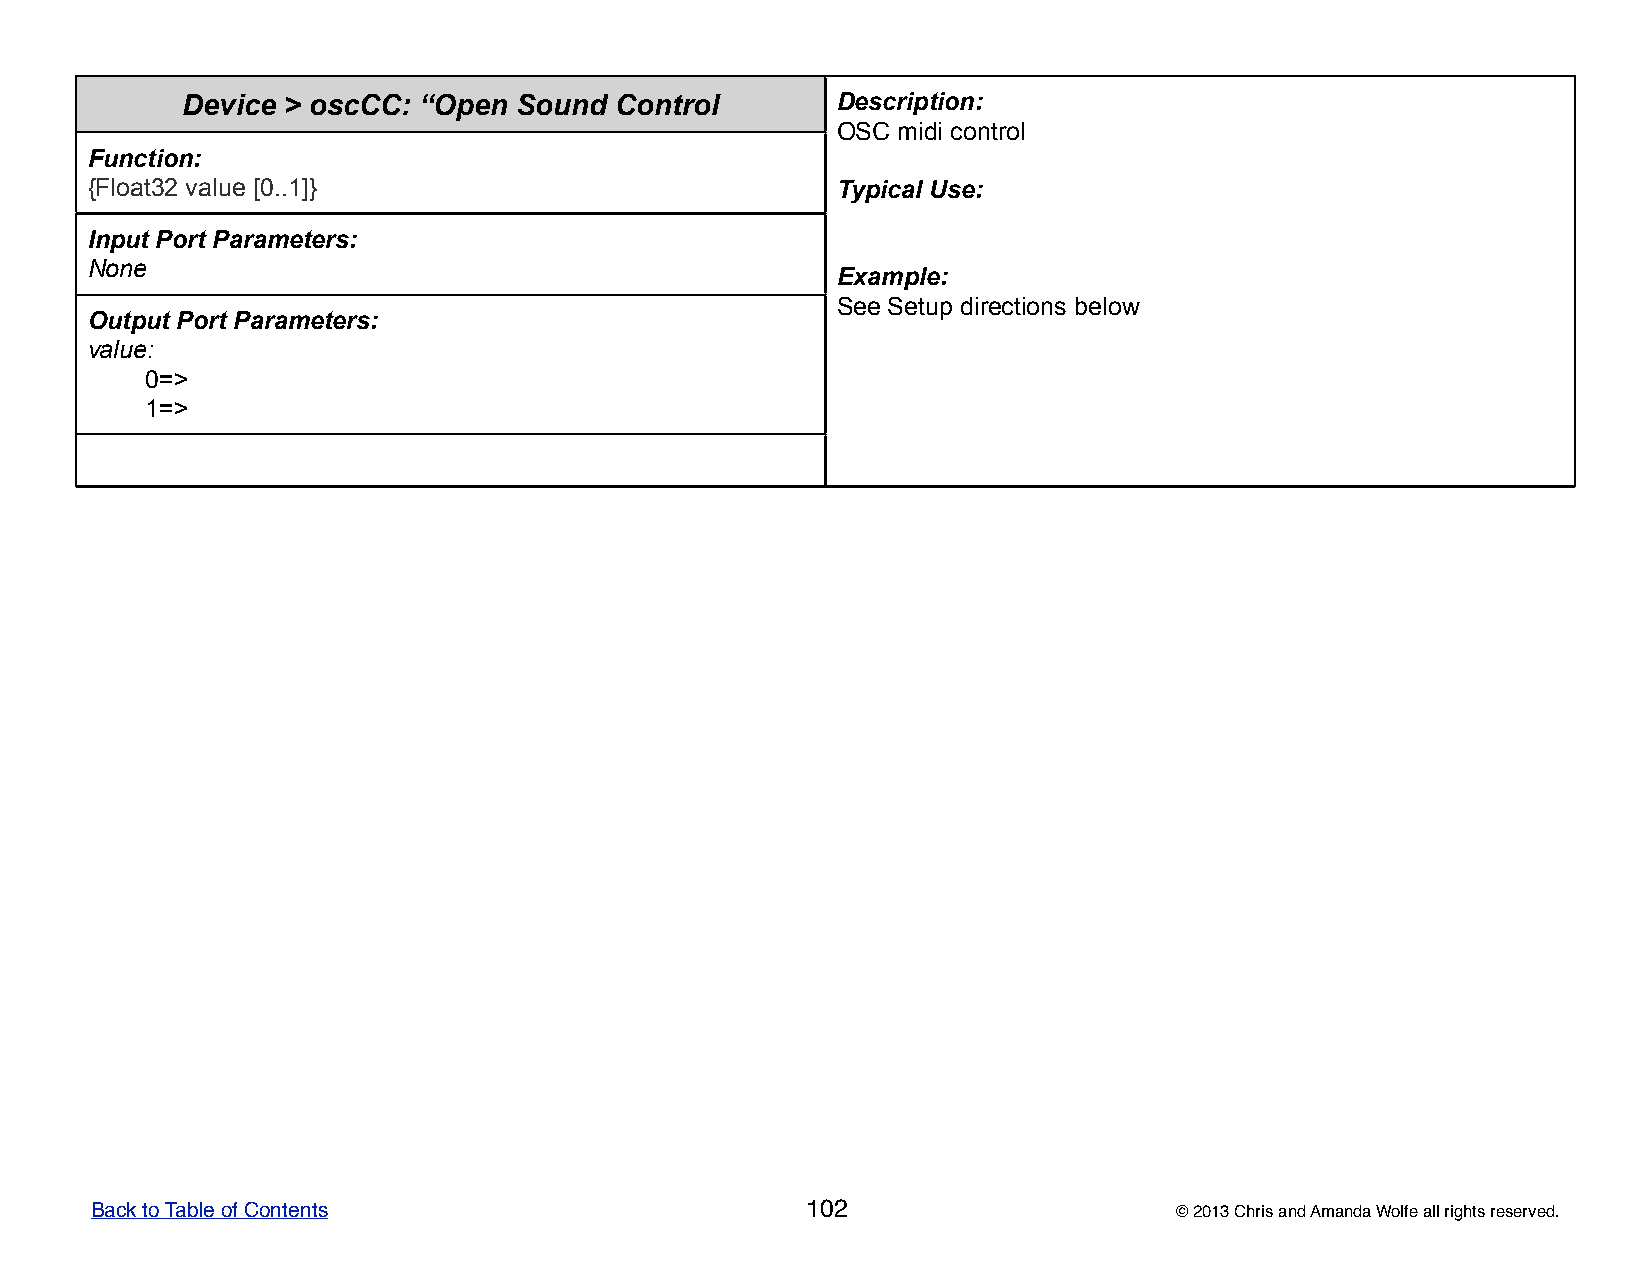
Device > oscCC: “Open Sound  Control       DDDDDeeeeessssscccccrrrrriiiiippppptttttiiiiiooooonnnnn:::::
 OOOOOSSSSSCCCCC mmmmmiiiiidddddiiiii cccccooooonnnnntttttrrrrrooooolllll
 Function:
 {Float32 value [0..1]}                           TTTTTyyyyypppppiiiiicccccaaaaalllll UUUUUssssseeeee:::::
 Input Port Parameters:
 None
 EEEEExxxxxaaaaammmmmpppppllllleeeee:::::
 SSSSSeeeeeeeeee SSSSSeeeeetttttuuuuuppppp dddddiiiiirrrrreeeeeccccctttttiiiiiooooonnnnnsssss bbbbbeeeeelllllooooowwwww
 Output Port Parameters:
 value:
 0=>
 1=>
 Back to Table of Contents                      102                      © 2013 Chris and Amanda Wolfe all rights reserved.